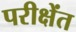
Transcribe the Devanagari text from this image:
परीक्षेंत